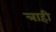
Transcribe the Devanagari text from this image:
त्राही